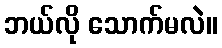
ဘယ်လို သောက်မလဲ။